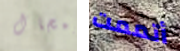
بمجال أتممت